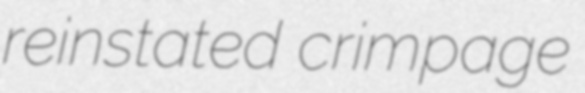
reinstated crimpage